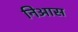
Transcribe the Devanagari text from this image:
निआस